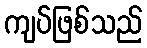
ကျပ်ဖြစ်သည်